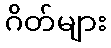
ဂိတ်များ